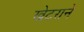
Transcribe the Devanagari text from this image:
खेटराने